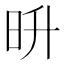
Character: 𣅮